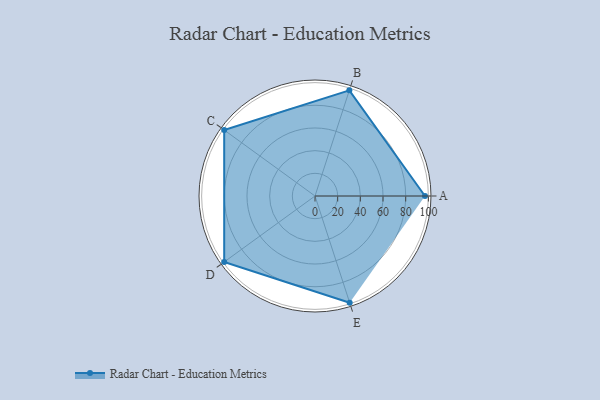
{"axis": {"x": "Skill", "y": "Score"}, "legend": ["Profile"], "data": [{"x": "A", "y": 97.0, "type": "Profile"}, {"x": "B", "y": 98.0, "type": "Profile"}, {"x": "C", "y": 99, "type": "Profile"}, {"x": "D", "y": 99, "type": "Profile"}, {"x": "E", "y": 99, "type": "Profile"}]}